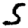
Digit: 5